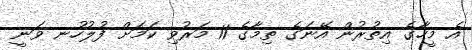
އެ މީހާގެ އިތުރުން އޭނަގެ ތިމާގެ 11 މަރުވި ކަމަށް ފުލުހުނ ވަނީ